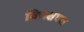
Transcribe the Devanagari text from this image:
विचक्षणा